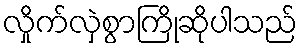
လှိုက်လှဲစွာကြိုဆိုပါသည်